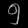
Digit: ၅